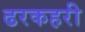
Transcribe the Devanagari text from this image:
ढरकहरी